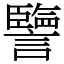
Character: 譼